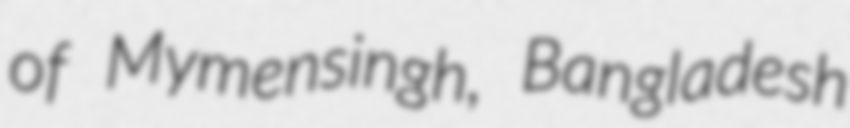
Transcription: of Mymensingh, Bangladesh